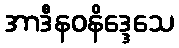
အာဒီနဝနိဒ္ဒေသေ